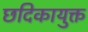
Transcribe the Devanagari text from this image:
छदिकायुक्त